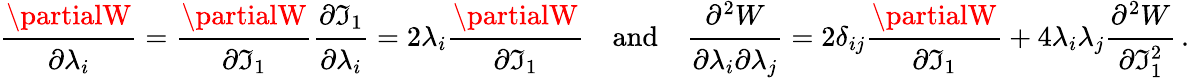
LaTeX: {\cfrac{\partialW}{\partial\lambda_{i}}}={\cfrac{\partialW}{\partial\mathfrak{I}_{1}}}{\cfrac{\partial\mathfrak{I}_{1}}{\partial\lambda_{i}}}=2\lambda_{i}{\cfrac{\partialW}{\partial\mathfrak{I}_{1}}}\quad{\mathrm{{and}}}\quad{\cfrac{\partial^{2}W}{\partial\lambda_{i}\partial\lambda_{j}}}=2\delta_{ij}{\cfrac{\partialW}{\partial\mathfrak{I}_{1}}}+4\lambda_{i}\lambda_{j}{\cfrac{\partial^{2}W}{\partial\mathfrak{I}_{1}^{2}}}\, .